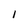
Character: I